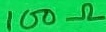
Text: 100Ω